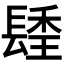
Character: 𨲚